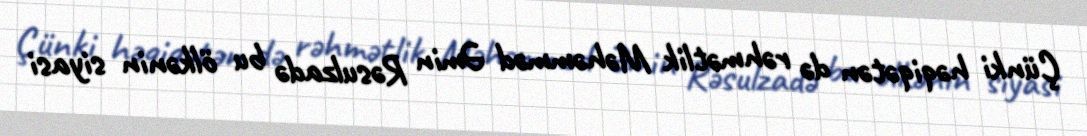
Çünki həqiqətən də rəhmətlik Məhəmməd Əmin Rəsulzadə bu ölkənin siyasi